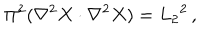
\Pi ^ { 2 } ( \nabla ^ { 2 } X \cdot \nabla ^ { 2 } X ) = L _ { 2 } { } ^ { 2 } \, ,